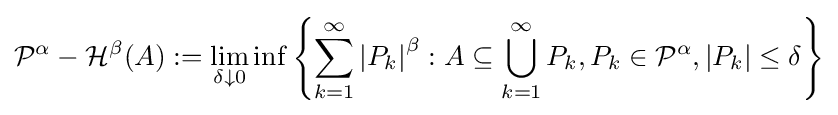
{\mathcal {P}}^{\alpha }-{\mathcal {H}}^{\beta }(A):=\lim _{\delta \downarrow 0}\inf \left\{\sum _{k=1}^{\infty }\left|P_{k}\right|^{\beta }:A\subseteq \bigcup _{k=1}^{\infty }P_{k},P_{k}\in {\mathcal {P}}^{\alpha },\left|P_{k}\right|\leq \delta \right\}